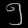
Digit: ၅